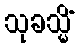
သုခသ္မိံ